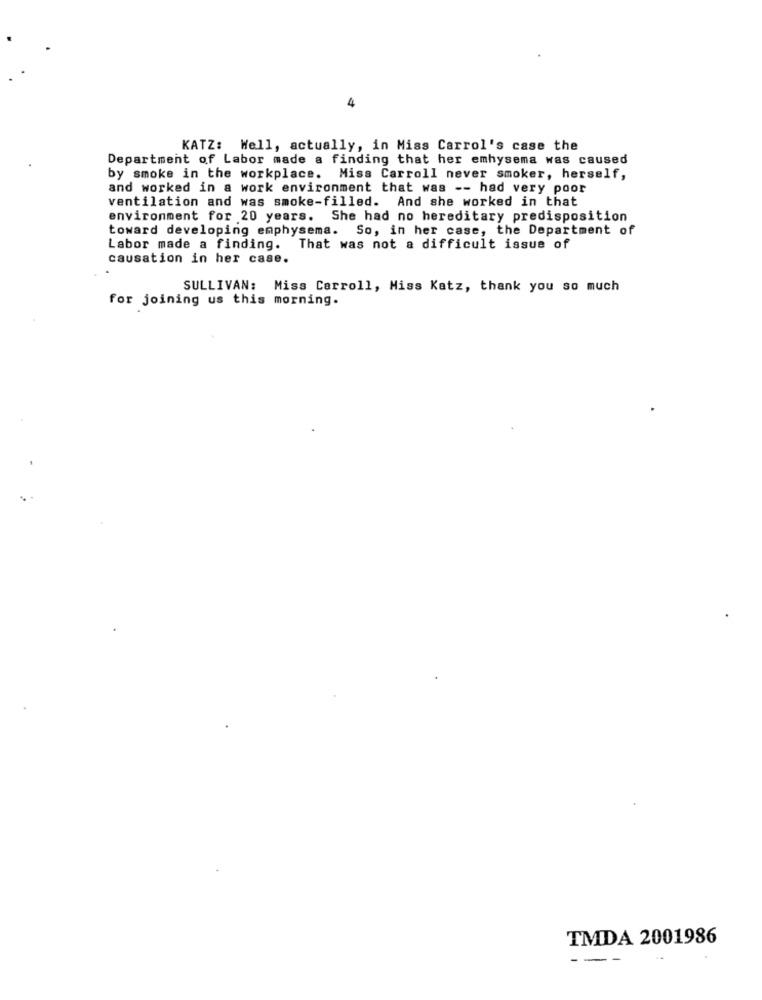
KATZ: Well, actually, in Miss Carrol's case the
Department of Labor made a finding that her emhysema was caused
by smoke in the workplace. Miss Carroll never smoker, herself,
and worked in a work environment that was -- had very poor
ventilation and was smoke-filled. And she worked in that
environment for 20 years. She had no hereditary predisposition
toward developing emphysema. So, in her case, the Department of
Labor made a finding.
That was not a difficult issue of
causation in her case.
SULLIVAN: Miss Carroll, Miss Katz, thank you so much
for joining us this morning.
TMDA 2001986
---